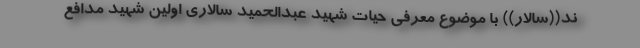
ند((سالار)) با موضوع معرفی حیات شهید عبدالحمید سالاری اولین شهید مدافع